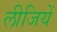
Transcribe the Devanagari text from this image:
लीजियें